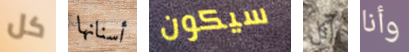
كل أسنانها سيكون آكل وأنا